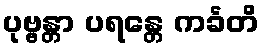
ပုဗ္ဗန္တာ ပရန္တေ ကင်္ခတိ